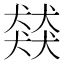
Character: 𮳿